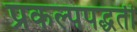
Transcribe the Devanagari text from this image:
प्रकल्पपद्धती